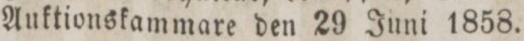
Auktionskammare den 29 Juni 1858.